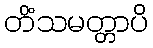
တိံသမတ္တာပိ